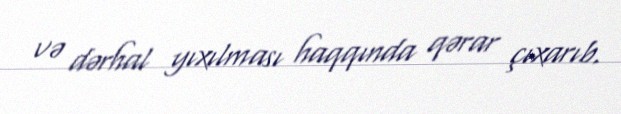
və dərhal yıxılması haqqında qərar çıxarıb.